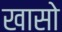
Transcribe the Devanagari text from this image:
खासो